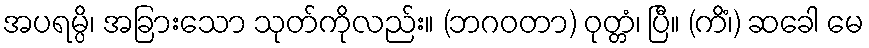
အပရမ္ပိ၊ အခြားသော သုတ်ကိုလည်း။ (ဘဂဝတာ) ဝုတ္တံ၊ ပြီ။ (ကိံ၊) ဆခေါ မေ